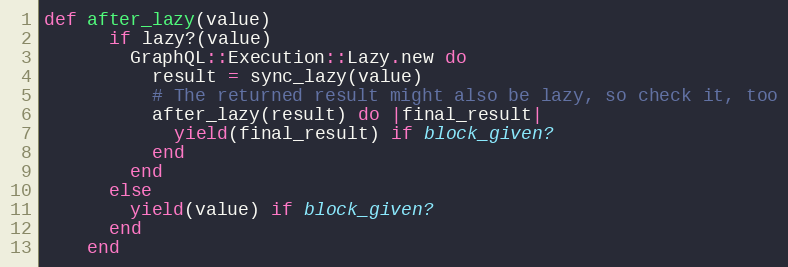
Language: Ruby
def after_lazy(value)
      if lazy?(value)
        GraphQL::Execution::Lazy.new do
          result = sync_lazy(value)
          # The returned result might also be lazy, so check it, too
          after_lazy(result) do |final_result|
            yield(final_result) if block_given?
          end
        end
      else
        yield(value) if block_given?
      end
    end